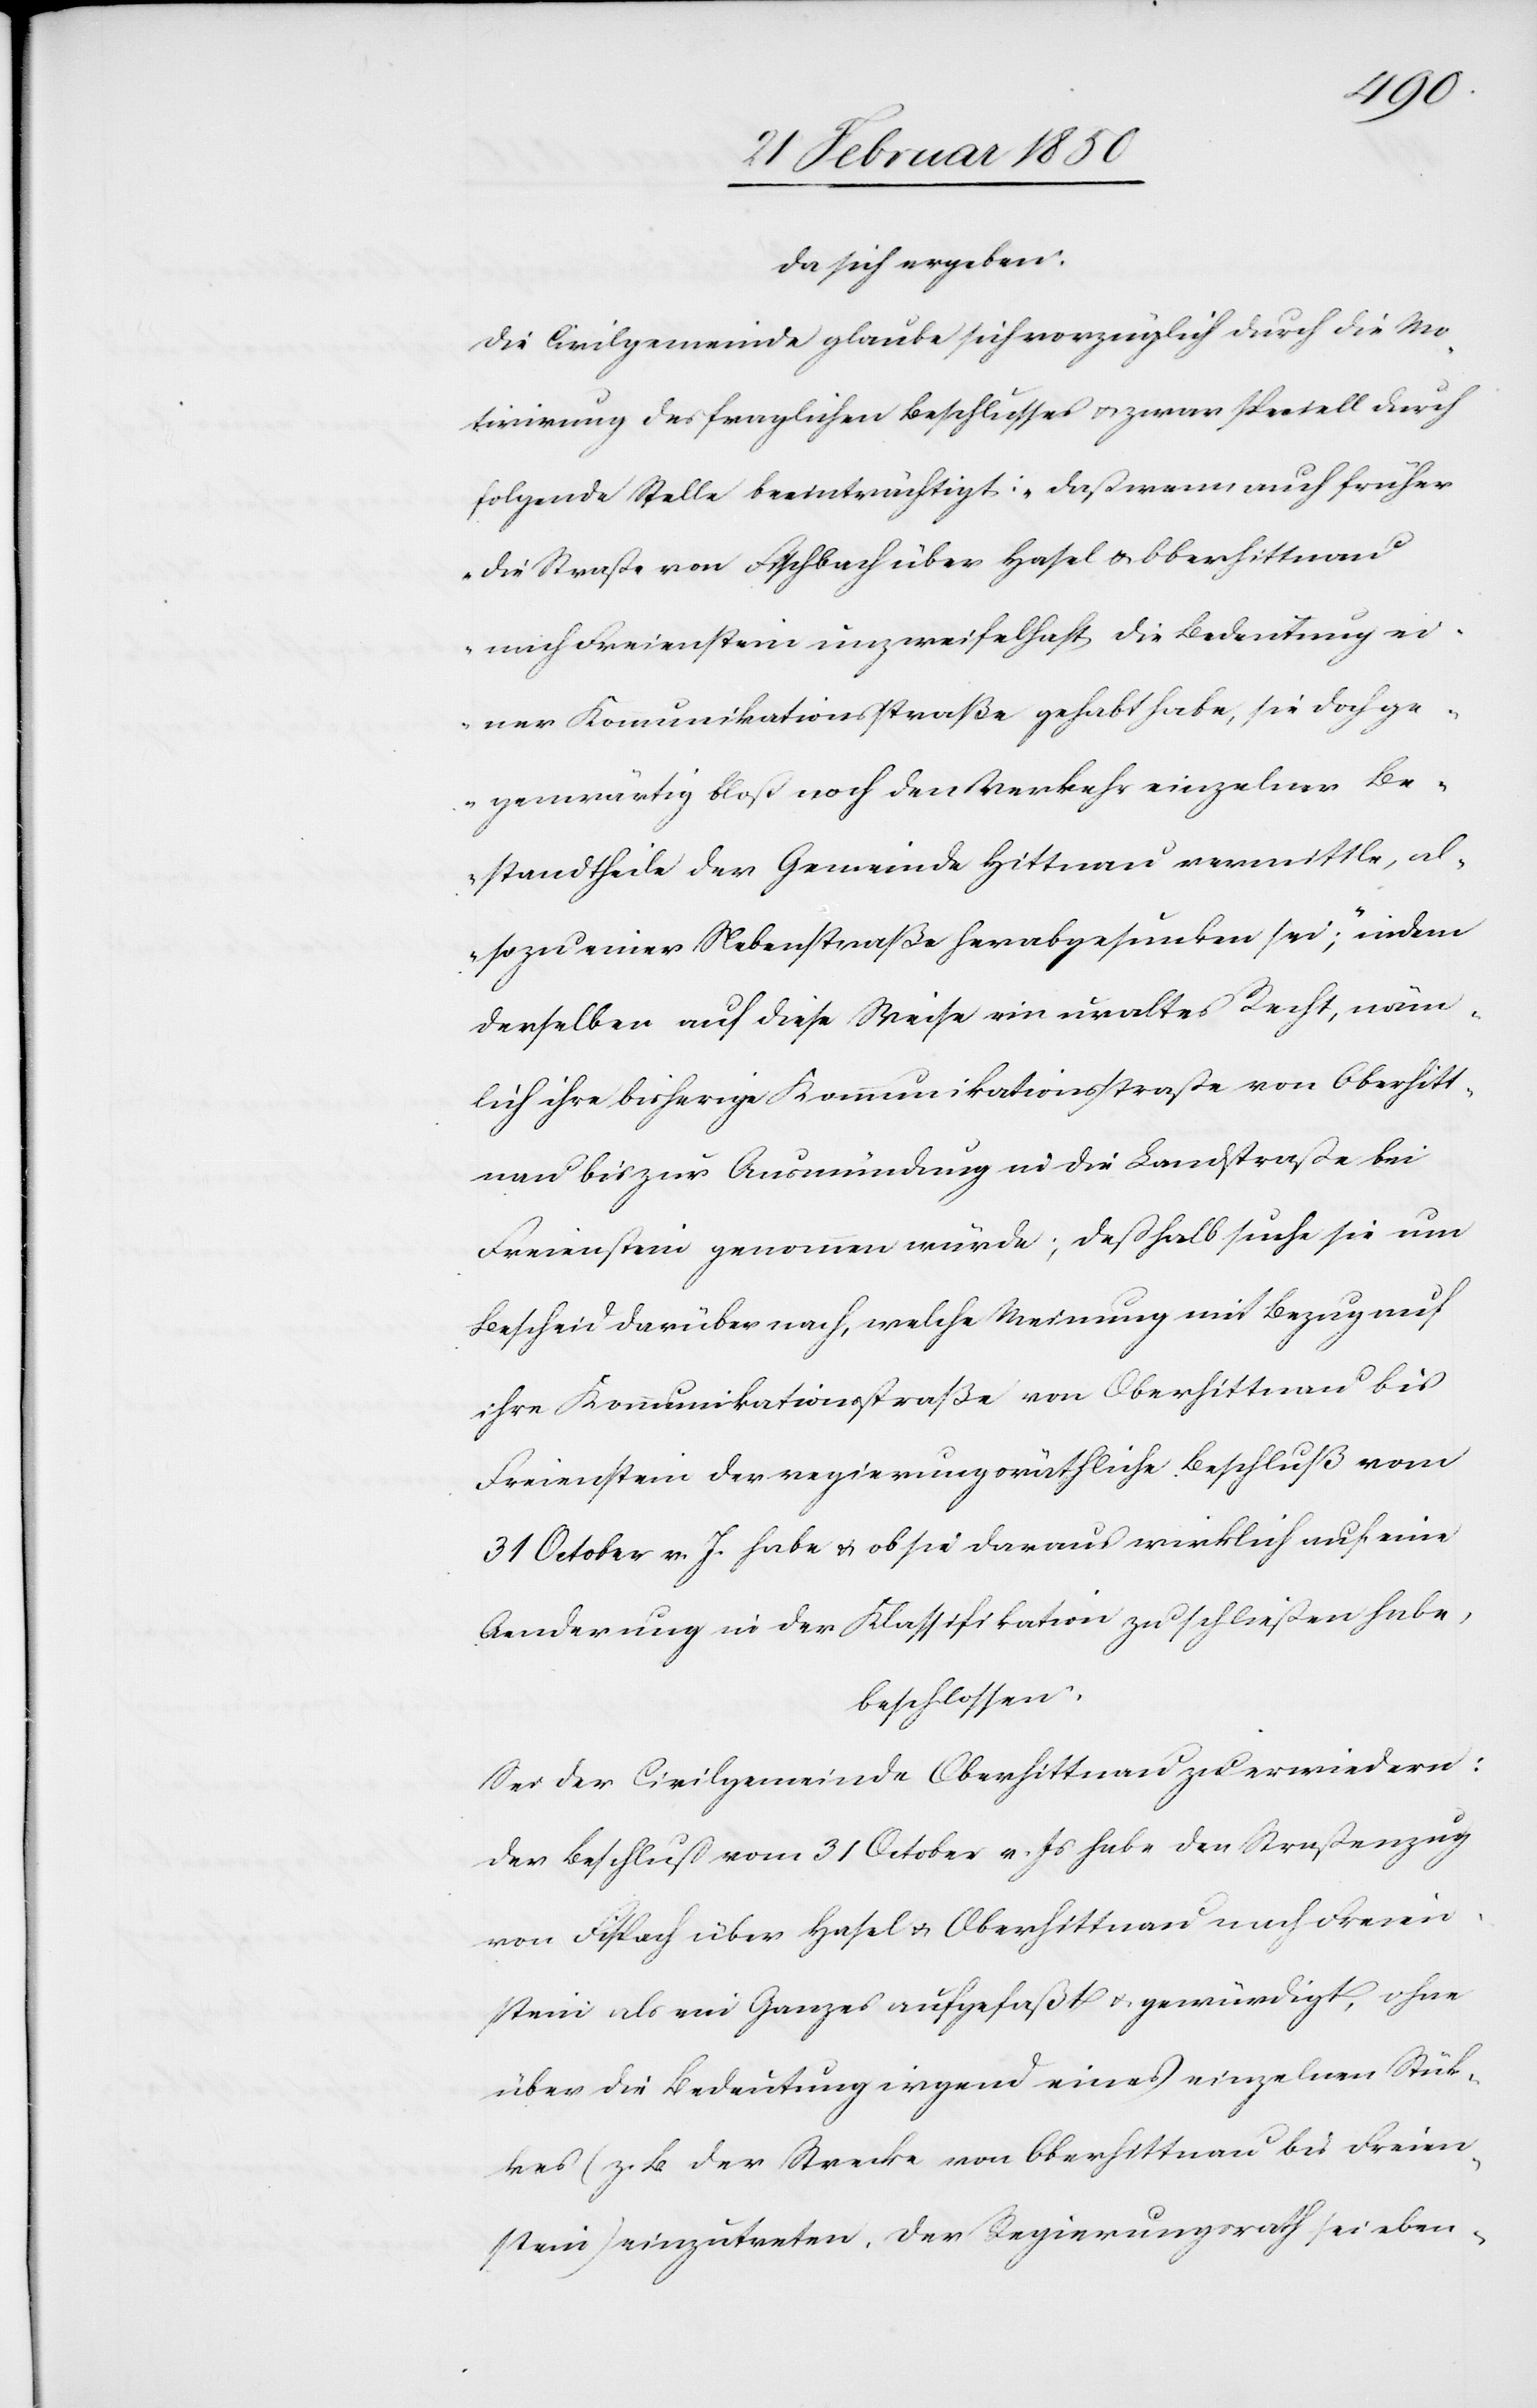
[rect¬
da sich ergeben:
Die Civilgemeinde glaube sich vorzüglich durch die Mo¬
tivirung des fraglichen Beschlusses u. zwar speciell durch
folgende Stelle beeinträchtigt: „Daß wenn auch früher
die Straße von Fischbach über Hasel u. Oberhittnau
nach Freienstein unzweifelhaft die Bedeutung ei¬
ner Kommunikationsstraße gehabt habe, sie doch ge¬
genwärtig bloß noch den Verkehr einzelner Be¬
standtheile der Gemeinde Hittnau vermittle, al¬
so zu einer Nebenstraße herabgesunken sei;“ indem
derselben auf diese Weise ein uraltes Recht, näm¬
lich ihre bisherige Kommunikationsstraße von Oberhitt¬
nau bis zur Ausmündung in die Landstraße bei
Freienstein genommen würde; deßhalb suche sie um
Bescheid darüber nach, welche Meinung mit Bezug auf
ihre Kommunikationsstraße von Oberhittnau bis
Freienstein der regierungsräthliche Beschluß vom
31 October v. J. habe u. ob sie daraus wirklich auf eine
Aenderung in der Klassifikation zu schließen habe,
beschlossen:
Sei der Civilgemeinde Oberhittnau zu erwiedern:
Der Beschluß vom 31 October v. Js habe den Straßenzug
e: Fischbach] über Hasel u. Oberhittnau nach Freien¬
stein als ein Ganzes aufgefaßt u. gewürdigt, ohne
über die Bedeutung irgend eines einzelnen Stück¬
es (z. B. der Strecke von Oberhittnau bis Freien¬
stein) einzutreten. Der Regierungsrath sei eben-